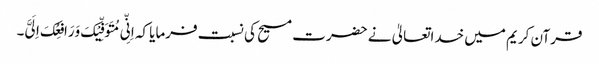
قرآن کریم میں خداتعالیٰ نے حضرت مسیح کی نسبت فرمایا کہ اِنِّی مُتَوَفِّیْکَ وَرَافِعُکَ اِلَیَّ۔